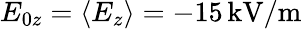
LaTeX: E_{0z}=\langle E_{z}\rangle=-15\, \mathrm{kV/m}